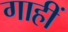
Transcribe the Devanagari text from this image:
गाहीं